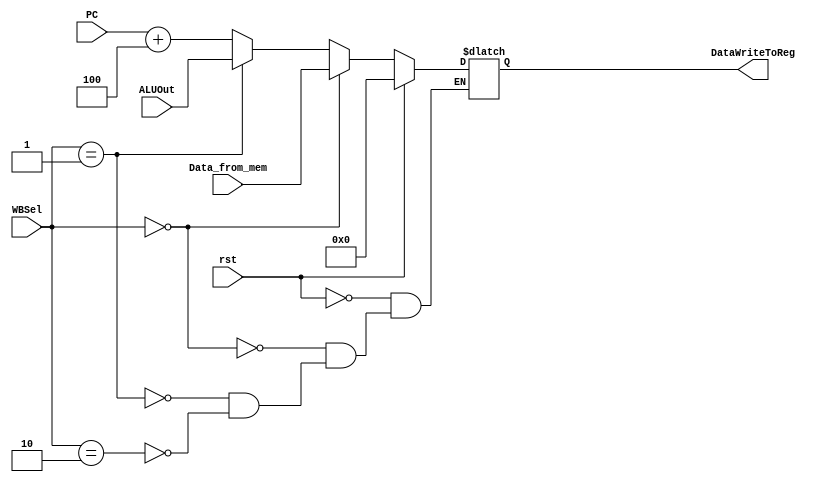
module WB (
    input rst,
    input   wire[1:0]       WBSel,
    input   wire[31:0] PC,
    input   wire[31:0] ALUOut,
    input   wire[31:0]  Data_from_mem,
    output  reg[31:0]  DataWriteToReg
);

always @ (*) begin
    if (rst)
        DataWriteToReg <= 32'b0;
    else if (WBSel == 2'b0)
        DataWriteToReg <= Data_from_mem;
    else if (WBSel == 2'b01)
        DataWriteToReg <= ALUOut;
    else if (WBSel == 2'b10)
        DataWriteToReg <= PC + 4;
end

endmodule